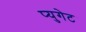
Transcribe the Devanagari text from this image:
प्युगेट